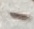
Text: -